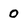
Character: 0